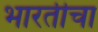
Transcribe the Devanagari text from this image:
भारतीचा